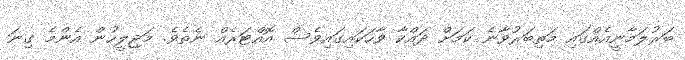
ބަރުލަމާނީއެއްގައި މަތިބަރުވާނެ ކަމަށް ދައްކާ ވާހަކައިގައިވެސް އޮއްޓަރެއް ނެތެވެ. މަޖިލީހުން އެންމެ ގިނަ